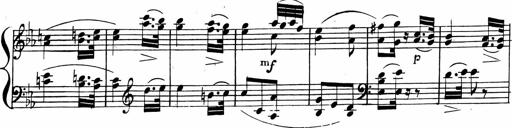
Title: 2 Piano Sonatinas
Composer: Ferdinand Ries